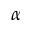
\alpha